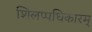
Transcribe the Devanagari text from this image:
शिलप्पधिकारम्‌